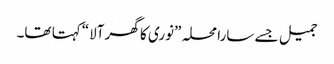
جمیل جسے سارا محلہ ”نوری کا گھر آلا“کہتا تھا۔